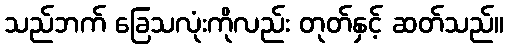
သည်ဘက် ခြေသလုံးကိုလည်း တုတ်နှင့် ဆတ်သည်။